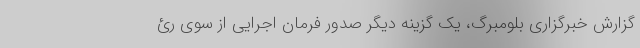
گزارش خبرگزاری بلومبرگ، یک گزینه دیگر صدور فرمان اجرایی از سوی رئ